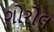
ગોરોલ